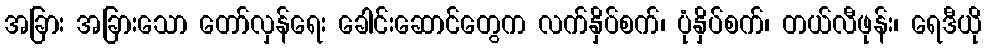
အခြား အခြားသော တော်လှန်ရေး ခေါင်းဆောင်တွေက လက်နှိပ်စက်၊ ပုံနှိပ်စက်၊ တယ်လီဖုန်း၊ ရေဒီယို